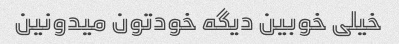
خیلی خوبین دیگه خودتون میدونین